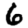
Digit: 6